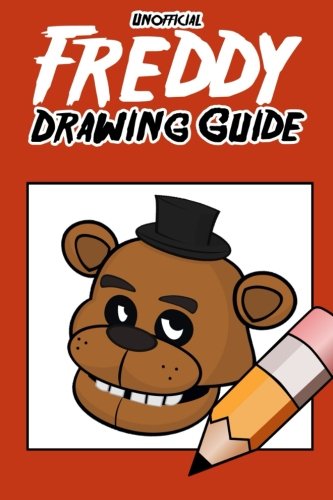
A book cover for Unofficial Freddy Drawing Guide: How To Draw Your Favorite Five Nights Characters (FNAF Edition); Survival Press; Children's Books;